Insane asylums in Bengal annual reports 1876-1887 - 1876-1887
Year: 1876
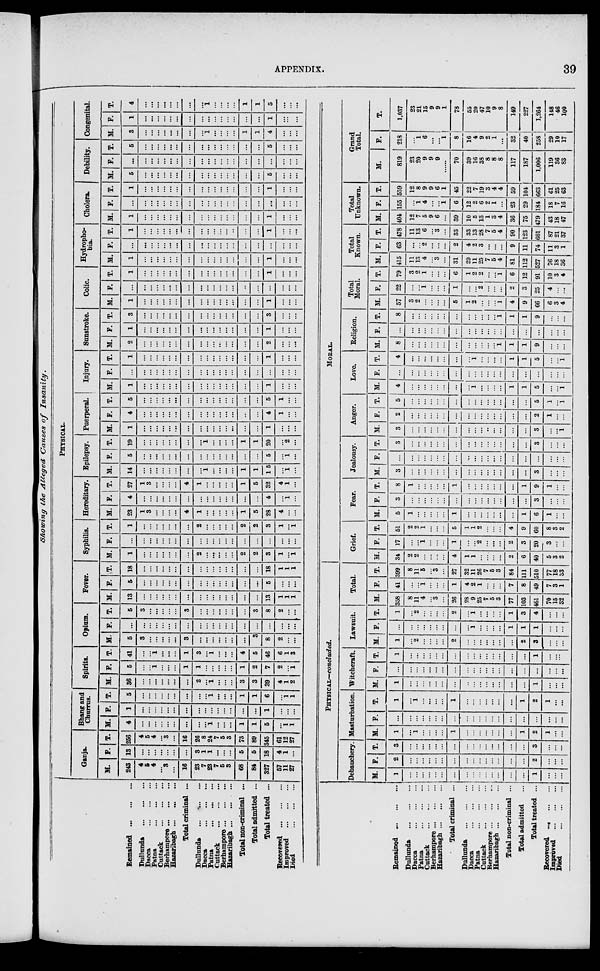
APPENDIX.
39
Showing the Alleged Causes of
Insanity.
PHYSICAL.
Remained
...
...
...
Dullunda
...
...
...
Dacca
...
...
...
Patna
...
...
...
Cuttack
...
...
...
Berhampore
...
...
...
Hazaribagh
...
...
...
Total criminal ...
Dullunda
...
...
...
Dacca
...
...
...
Patna
...
...
...
Cuttack ... ... ...
Berhampore
...
...
...
Hazaribagh ... ... ...
Total non-criminal ...
Total admitted ...
Total treated ...
Recovered
...
...
...
Improved
...
...
...
Died
...
...
...
Ganja.
M.
243
4
5
4
...
3
...
16
23
7
23
7
5
3
68
84
327
57
11
27
F.
13
...
...
...
...
...
...
...
3
1
1
...
...
...
5
5
18
4
1
...
T.
256
4
5
4
...
3
...
16
26
8
24
7
5
3
73
89
345
61
12
27
Bhang and
Churrus.
M.
4
...
...
...
...
...
...
...
...
...
1
...
...
...
1
1
5
...
1
1
F.
1
...
...
...
...
...
...
...
...
...
...
...
...
...
...
...
1
...
...
...
T.
5
...
...
...
...
...
...
...
...
...
1
...
...
...
1
1
6
...
1
1
Spirits.
M.
36
...
...
... ...
...
...
...
2
...
1
...
...
...
3
3
39
4
1
2
F.
5
...
...
1
...
...
...
1
1
...
...
...
...
...
1
2
7
2
...
1
T.
41
...
...
1
...
...
...
1
3
...
1
...
...
...
4
5
46
6
1
3
Opium.
M.
5
3
...
...
...
...
...
3
...
...
...
...
...
...
...
3
8
2
...
...
F.
...
...
...
...
...
...
...
...
...
...
...
...
...
...
...
...
...
...
...
...
T.
5
3
...
...
...
...
...
3
...
...
...
...
...
...
...
3
8
2
...
...
Fever.
M.
13
...
...
...
...
...
...
...
...
...
...
...
...
...
...
...
13
1
1
1
F.
5
...
...
...
...
...
...
...
...
...
...
...
...
...
...
...
5
...
...
...
T.
18
...
...
...
...
...
...
...
...
...
...
...
...
...
...
...
18
1
1
1
Syphilis.
M.
1
...
...
...
...
...
...
...
2
...
...
...
...
...
2
2
3
1
...
1
F.
...
...
...
...
...
...
...
...
...
...
...
...
...
...
...
...
...
...
...
...
T.
1
...
...
...
...
...
...
...
2
...
...
...
...
...
2
2
3
1
...
1
Hereditary.
M.
23
1
3
...
...
...
...
4
1
...
...
...
...
...
1
5
28
4
...
...
F.
4
...
...
...
...
...
...
...
...
...
...
...
...
...
...
...
4
...
1
...
T.
27
1
3
...
...
...
...
4
1
...
...
...
...
...
1
5
32
4
1
...
Epilepsy.
M.
14
...
...
...
...
...
...
...
...
1
...
...
...
...
1
1
15
...
1
...
F.
5
...
...
...
...
...
...
...
...
...
...
...
...
...
...
...
5
...
1
...
T.
19
...
...
...
...
...
...
...
...
1
...
...
...
...
1
1
20
...
2
...
Puerperal.
M.
1
...
...
...
...
...
...
...
...
...
...
...
...
...
...
...
1
...
...
...
F.
4
...
...
...
...
...
...
...
...
...
...
...
...
...
...
...
4
1
...
...
T.
5
...
...
... .
...
...
...
...
...
...
...
...
...
...
...
...
5
1
...
...
Injury.
M.
1
...
...
...
...
...
...
...
...
...
...
...
...
...
...
...
1
...
...
...
F.
...
...
...
...
...
...
...
...
...
...
...
...
...
...
...
...
...
...
...
...
T.
1
...
...
...
...
...
...
...
...
...
...
...
...
...
...
...
1
...
...
...
Sunstroke.
M.
2
...
...
...
...
...
...
...
...
...
...
...
...
...
...
...
2
...
...
...
F.
1
...
...
...
...
...
...
...
...
...
...
...
...
...
...
...
1
...
...
...
T.
3
...
...
...
...
...
...
...
...
...
...
...
...
...
...
...
3
...
...
...
Colic.
M.
1
...
...
...
...
...
...
...
...
...
...
...
...
...
...
...
1
...
...
...
F.
...
...
...
...
...
...
...
...
...
...
...
...
...
...
...
....
...
...
...
...
T.
1
...
...
...
...
...
...
...
...
...
...
...
...
...
...
...
1
...
...
...
Hydropho-
bia.
M.
1
...
...
...
...
...
...
...
...
...
...
...
...
...
...
...
1
...
...
F.
...
...
...
...
...
...
...
...
...
...
...
...
...
...
...
...
...
...
...
...
T.
1
...
...
...
...
...
...
...
...
...
...
:..
...
...
...
...
1
...
...
...
Cholera.
M.
1
...
...
...
...
...
...
...
...
...
...
...
...
...
...
...
1
...
...
...
F.
...
...
...
...
...
...
...
...
...
...
...
...
...
...
...
...
...
...
...
...
T.
1
...
...
...
...
...
...
...
...
...
...
...
...
...
...
...
1
...
...
...
Debility.
M.
5
...
...
...
...
...
...
...
...
...
...
...
...
...
...
...
5
...
...
...
F.
...
...
...
...
...
...
...
...
...
...
...
...
...
...
...
...
...
...
...
...
T.
5
...
...
...
...
...
...
...
...
...
...
...
...
...
...
...
5
...
...
...
Congenital.
M.
3
...
...
...
...
...
...
...
...
1
...
...
...
...
1
1
4
...
...
...
F.
1
...
...
...
...
...
...
...
...
...
...
...
...
...
...
...
1
...
... ...
T.
4
...
...
...
...
...
...
...
...
1
...
...
...
...
1
1
5
...
...
...
Remained ...
...
...
Dullunda
...
...
...
Dacca
...
...
...
Patna
...
...
...
Cuttack
...
...
...
Berhampore
...
...
...
Hazaribagh
...
...
...
Total criminal ...
Dullunda
...
...
...
Dacca
...
...
...
Patna ... ... ...
Cuttack ... ... ...
Berhampore ... ... ...
Hazaribagh
...
...
...
Total non-criminal ...
Total admitted ...
Total treated ...
Recovered ... ... ...
Improved
...
...
...
Died
...
...
...
PHYSICAL—concluded.
Debauchery.
M.
1
...
...
...
...
... ...
...
...
...
...
... ...
...
...
...
1
...
...
...
F.
2
...
...
...
...
...
...
...
...
... ...
... ...
...
...
...
2
...
...
...
T.
3
...
...
...
... ...
...
...
...
...
...
...
...
...
...
...
3
...
... ...
Masturbation.
M.
1
...
1
...
...
...
...
1
...
...
... ...
...
...
...
1
2
1
...
...
F.
...
...
...
...
...
...
...
...
...
...
...
...
...
...
...
...
...
...
...
...
T.
1
...
1
...
... ...
...
1
...
...
...
...
...
...
...
1
2
1
...
...
Witchcraft.
M.
1
...
...
...
...
...
...
...
...
...
...
... ...
...
...
...
1
...
...
...
F.
...
...
... ...
... ...
...
...
...
...
...
...
... ...
...
...
...
...
...
...
T.
1
...
...
...
...
...
...
...
...
...
...
...
...
...
...
...
1
...
...
...
Lawsuit.
M.
1
...
2
...
...
... ...
2
...
... ...
...
... ...
...
2
3
...
...
...
F.
...
...
...
...
...
... ...
...
...
1
...
...
... ...
1
1
1
...
...
...
T.
1
...
2
...
...
...
...
2
...
1
... ...
...
...
1
3
4
...
...
...
Total.
M.
358
8
11
4
... 3
...
26
28
9
25
7
5
3
77
103
461
70
15
32
F.
41
...
... 1
...
... ...
1
4
2
1
...
...
...
7
8
49
7
3
1
T.
399
8
11
5
... 3
...
27
32
11
26
7
5
3
84
111
510
77
18
33
MORAL.
Grief.
M.
34
2
2
...
...
... ...
4
1
1
...
... ...
...
2
6
40
5
3
2
F.
17
...
...
1
...
... ...
1
...
...
2
...
...
...
2
3
20
3
...
...
T.
51
2
2
1
... ...
...
5
1
1
2
...
...
...
4
9
60
8
3
2
Fear.
M.
5
1
...
...
...
... ...
1
...
...
...
...
... ...
...
1
6
1
...
...
F.
3
...
...
...
...
... ...
...
...
...
...
...
...
...
...
...
3
...
...
...
T.
8
1
...
...
... ...
...
1
...
...
...
...
... ...
...
1
9
1
...
...
Jealousy.
M.
3
...
...
...
...
... ...
...
...
...
...
...
... ...
...
...
3
...
...
...
F.
...
...
... ...
... ...
...
...
...
...
... ...
...
...
...
...
...
...
...
...
T.
3
...
...
...
...
...
...
...
...
...
...
...
...
...
...
...
3
...
...
...
Anger.
M.
3
...
... ...
...
...
...
...
...
...
...
..
...
...
...
...
3
...
...
1
F.
2
...
...
...
... ...
...
...
...
...
...
...
...
...
...
...
2
1
...
...
T.
5
...
...
... ...
...
...
...
...
...
...
...
...
...
...
...
5
1
...
1
Love.
M.
4
...
... ...
...
...
...
...
...
1
...
...
... ...
1
1
5
...
...
1
F.
...
...
...
...
...
...
...
...
...
... ...
... ...
...
...
...
...
...
...
...
T.
4
...
...
...
...
...
...
...
...
1
...
... ...
...
1
1
5
...
...
1
Religion.
M.
8
...
...
...
...
...
...
...
...
...
... ...
...
1
1
1
9
...
...
...
F.
...
...
...
...
...
...
...
...
...
...
...
...
... ...
...
...
...
...
...
...
T.
8
...
... ...
...
... ...
...
...
...
...
... ...
1
1
1
9
...
...
...
Total
Moral.
M.
57
3
2
...
...
...
...
5
1
2
...
...
...
1
4
9
66
6
3
4
F.
22
...
...
1
...
... ...
1
...
... 2
...
... ...
2
3
25
4
...
...
T.
79
3
2
1
...
... ...
6
1
2
2
...
... 1
6
12
91
10
3
4
Total
Known.
M.
415
11
13
4
... 3
...
31
29
11
25
7
5
4
81
112
527
76
18
36
F.
63
...
...
2
...
... ...
2
4
2
3
...
... ...
9
11
74
11
3
1
T.
478
11
13
6
... 3
...
33
33
13
28
7
5
4
90
123
601
87
21
37
Total
Unknown.
M.
404
12
7
5
9
6
...
39
10
5
13
1
3
4
36
75
479
43
18
47
F.
155
...
1
4
...
... 1
6
12
2
6
2
1
...
23
29
184
18
7
16
T.
559
12
8
9
9
6
1
45
22
7
19
3
4
4
59
104
663
61
25
63
Grand
Total.
M.
819
23
20
9
9
9
...
70
39
16
38
8
8
8
117
187
1,006
119
36
83
F.
218
...
1
6
...
... 1
8
16
4
9
2
1
...
32
40
258
29
10
17
T.
1,037
23
21
15
9
9
1
78
55
20
47
10
9
8
149
227
1,264
148
46
100